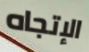
الإتجاه